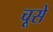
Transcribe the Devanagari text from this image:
चूसे